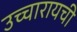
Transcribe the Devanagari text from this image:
उच्चारायची